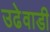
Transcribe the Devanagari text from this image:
उढेवाडी